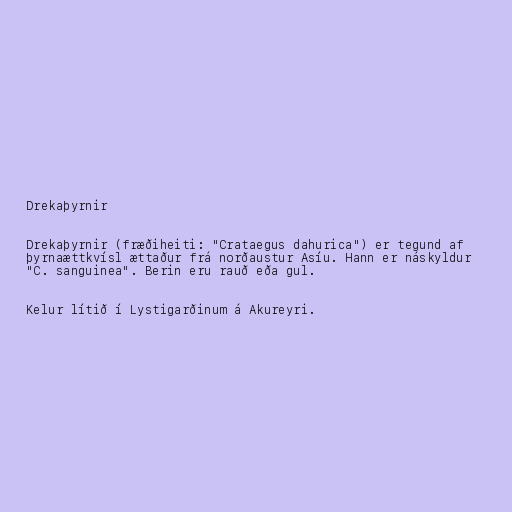
Drekaþyrnir

Drekaþyrnir (fræðiheiti: "Crataegus dahurica") er tegund af
þyrnaættkvísl ættaður frá norðaustur Asíu. Hann er náskyldur
"C. sanguinea". Berin eru rauð eða gul.

Kelur lítið í Lystigarðinum á Akureyri.